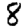
Digit: 8